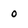
Character: 0